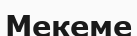
Мекеме